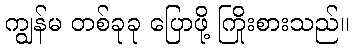
ကျွန်မ တစ်ခုခု ပြောဖို့ ကြိုးစားသည်။